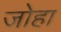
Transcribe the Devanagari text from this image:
जोहा